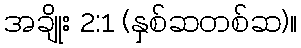
အချိုး 2:1 (နှစ်ဆတစ်ဆ)။